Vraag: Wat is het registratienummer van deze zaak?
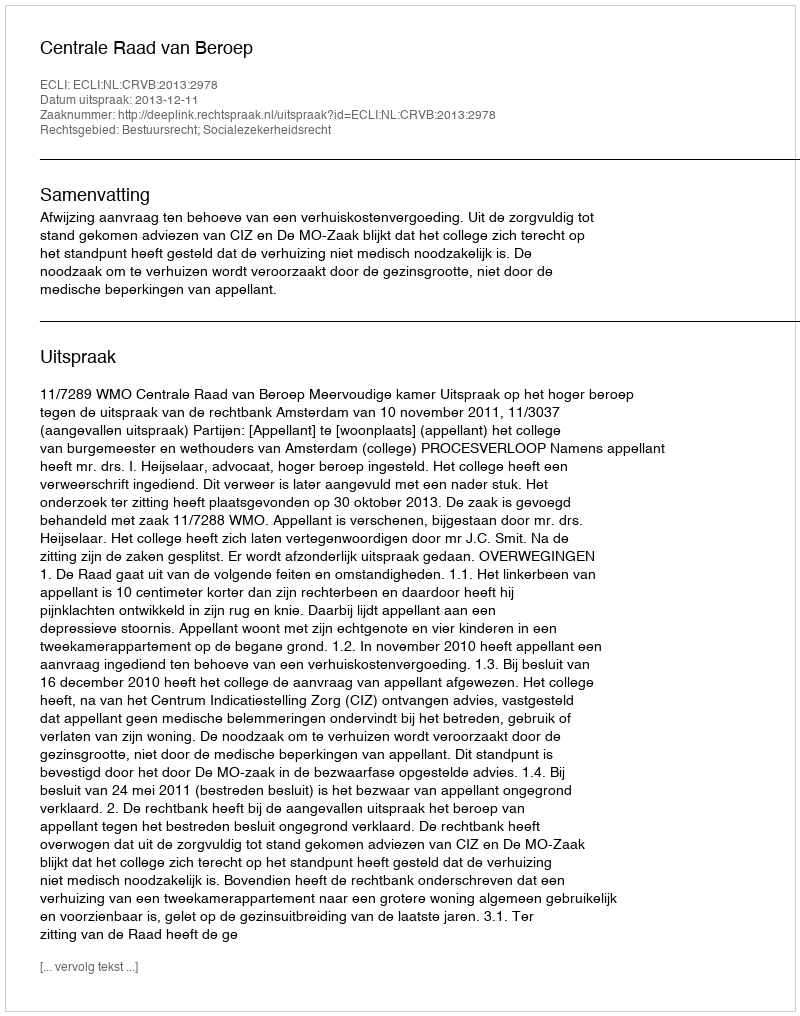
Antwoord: http://deeplink.rechtspraak.nl/uitspraak?id=ECLI:NL:CRVB:2013:2978